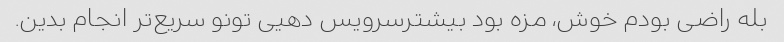
بله راضی بودم خوش، مزه بود بیشترسرویس دهیی تونو سریع‌تر انجام بدین.